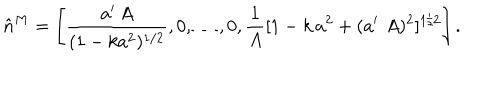
\hat { n } ^ { M } = \left[ \frac { a ^ { \prime } \, A } { ( 1 - k a ^ { 2 } ) ^ { 1 / 2 } } , 0 , \dots , 0 , \frac { 1 } { A } [ 1 - k \, a ^ { 2 } + ( a ^ { \prime } \, \, A ) ^ { 2 } ] ^ { 1 / 2 } \right] .